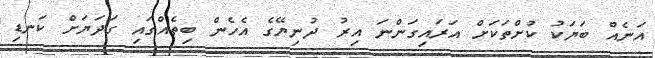
އަނެއް ބަޔަކު ކުށްތަކަށް އަރައިގަންނަ އިރު ދުނިޔޭގެ އެހެން ބިތެއްގައި ގަދަޔަށް ކަނޑި